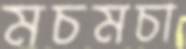
মচমচা